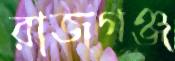
রাজগঞ্জ